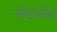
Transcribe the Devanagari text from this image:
तोडफ़ोड